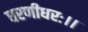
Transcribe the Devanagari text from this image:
धरणीधरः।।